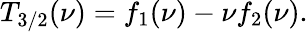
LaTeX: T_{3/2}(\nu)=f_{1}(\nu)-{\nu}f_{2}(\nu).